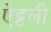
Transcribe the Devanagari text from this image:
ऐट्टली